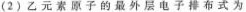
(2)乙元素原子的最外层电子排布式为